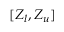
[ Z _ { l } , Z _ { u } ]